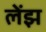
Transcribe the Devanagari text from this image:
लेंझ